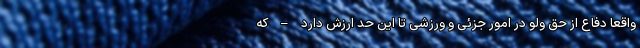
واقعا دفاع از حق ولو در امور جزئی و ورزشی تا این حد ارزش دارد – که